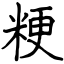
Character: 粳